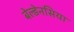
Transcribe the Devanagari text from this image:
बेल्डेनसिया